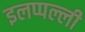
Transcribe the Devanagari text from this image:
इलप्पल्ली